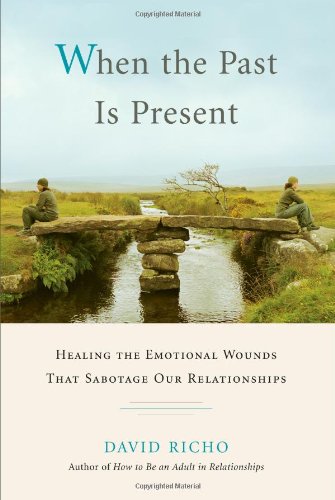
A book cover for When the Past Is Present: Healing the Emotional Wounds that Sabotage our Relationships; David Richo; Health, Fitness & Dieting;